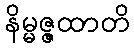
နိမ္မဇ္ဇထာတိ